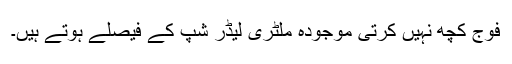
فوج کچھ نہیں کرتی موجودہ ملٹری لیڈر شپ کے فیصلے ہوتے ہیں۔